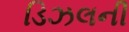
ડિઝલની